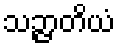
သဉ္ဇာတိယံ